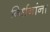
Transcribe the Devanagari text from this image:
निर्धनांना